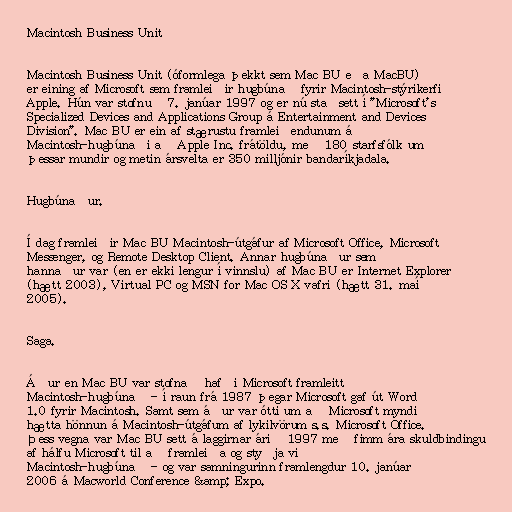
Macintosh Business Unit

Macintosh Business Unit (óformlega þekkt sem Mac BU eða MacBU)
er eining af Microsoft sem framleiðir hugbúnað fyrir Macintosh-stýrikerfi
Apple. Hún var stofnuð 7. janúar 1997 og er nú staðsett í "Microsoft's
Specialized Devices and Applications Group á Entertainment and Devices
Division". Mac BU er ein af stærustu framleiðendunum á
Macintosh-hugbúnaði að Apple Inc. frátöldu, með 180 starfsfólk um
þessar mundir og metin ársvelta er 350 milljónir bandaríkjadala.

Hugbúnaður.

Í dag framleiðir Mac BU Macintosh-útgáfur af Microsoft Office, Microsoft
Messenger, og Remote Desktop Client. Annar hugbúnaður sem
hannaður var (en er ekki lengur í vinnslu) af Mac BU er Internet Explorer
(hætt 2003), Virtual PC og MSN for Mac OS X vafri (hætt 31. maí
2005).

Saga.

Áður en Mac BU var stofnað hafði Microsoft framleitt
Macintosh-hugbúnað - í raun frá 1987 þegar Microsoft gaf út Word
1.0 fyrir Macintosh. Samt sem áður var ótti um að Microsoft myndi
hætta hönnun á Macintosh-útgáfum af lykilvörum s.s. Microsoft Office.
Þess vegna var Mac BU sett á laggirnar árið 1997 með fimm ára skuldbindingu
af hálfu Microsoft til að framleiða og styðja við
Macintosh-hugbúnað - og var samningurinn framlengdur 10. janúar
2006 á Macworld Conference &amp; Expo.